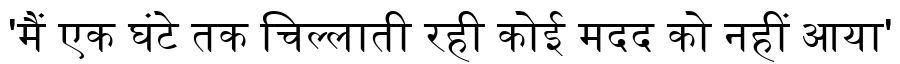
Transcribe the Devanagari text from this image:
'मैं एक घंटे तक चिल्लाती रही कोई मदद को नहीं आया'